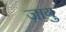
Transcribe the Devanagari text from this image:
ज़ायु